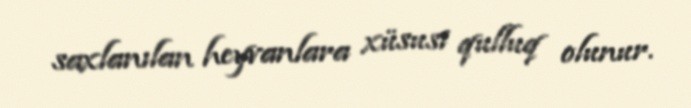
saxlanılan heyvanlara xüsusi qulluq olunur.